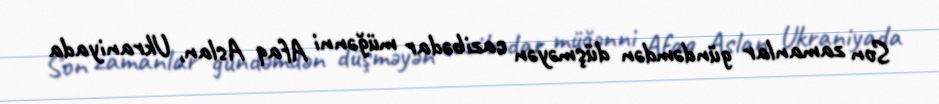
Son zamanlar gündəmdən düşməyən cazibədar müğənni Afaq Aslan, Ukraniyada